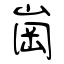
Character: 崗